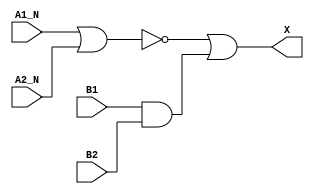
/*
 * Copyright 2020 The SkyWater PDK Authors
 *
 * Licensed under the Apache License, Version 2.0 (the "License");
 * you may not use this file except in compliance with the License.
 * You may obtain a copy of the License at
 *
 *     https://www.apache.org/licenses/LICENSE-2.0
 *
 * Unless required by applicable law or agreed to in writing, software
 * distributed under the License is distributed on an "AS IS" BASIS,
 * WITHOUT WARRANTIES OR CONDITIONS OF ANY KIND, either express or implied.
 * See the License for the specific language governing permissions and
 * limitations under the License.
 *
 * SPDX-License-Identifier: Apache-2.0
*/


`ifndef SKY130_FD_SC_HDLL__A2BB2O_FUNCTIONAL_V
`define SKY130_FD_SC_HDLL__A2BB2O_FUNCTIONAL_V

/**
 * a2bb2o: 2-input AND, both inputs inverted, into first input, and
 *         2-input AND into 2nd input of 2-input OR.
 *
 *         X = ((!A1 & !A2) | (B1 & B2))
 *
 * Verilog simulation functional model.
 */

`timescale 1ns / 1ps
`default_nettype none

`celldefine
module sky130_fd_sc_hdll__a2bb2o (
    X   ,
    A1_N,
    A2_N,
    B1  ,
    B2
);

    // Module ports
    output X   ;
    input  A1_N;
    input  A2_N;
    input  B1  ;
    input  B2  ;

    // Local signals
    wire and0_out ;
    wire nor0_out ;
    wire or0_out_X;

    //  Name  Output     Other arguments
    and and0 (and0_out , B1, B2            );
    nor nor0 (nor0_out , A1_N, A2_N        );
    or  or0  (or0_out_X, nor0_out, and0_out);
    buf buf0 (X        , or0_out_X         );

endmodule
`endcelldefine

`default_nettype wire
`endif  // SKY130_FD_SC_HDLL__A2BB2O_FUNCTIONAL_V